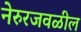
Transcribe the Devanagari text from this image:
नेरुरजवळील